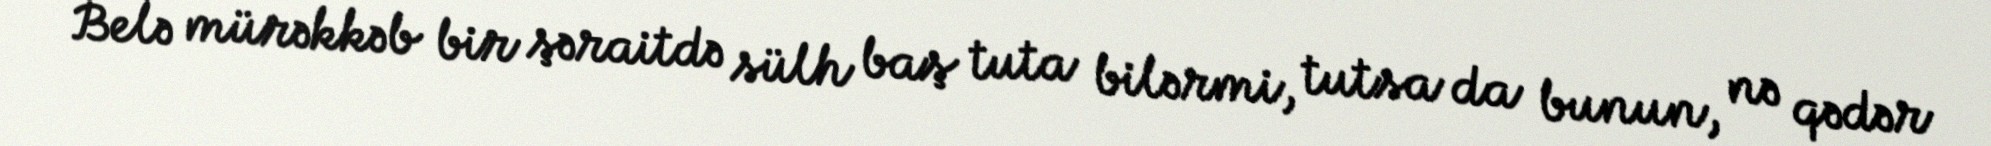
Belə mürəkkəb bir şəraitdə sülh baş tuta bilərmi, tutsa da bunun, nə qədər